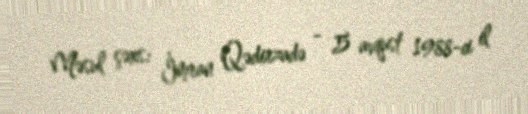
Məsul şəxs: İmran Qədirzadə - 5 avqust 1988-ci il